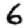
Digit: 6